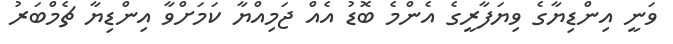
ވަނީ އިންޑިޔާގެ ވިޔަފާރީގެ އެންމެ ބޮޑު އެއް ޖަމިއްޔާ ކަމަށްވާ އިންޑިޔާ ޗެމްބަރު